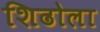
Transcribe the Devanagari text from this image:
शिढोला